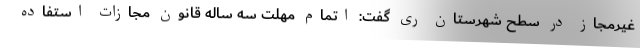
غیرمجاز در سطح شهرستان ری گفت: اتمام مهلت سه ساله قانون مجازات استفاده